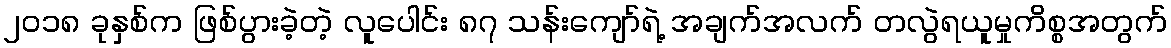
၂၀၁၈ ခုနှစ်က ဖြစ်ပွားခဲ့တဲ့ လူပေါင်း ၈၇ သန်းကျော်ရဲ့ အချက်အလက် တလွဲရယူမှုကိစ္စအတွက်